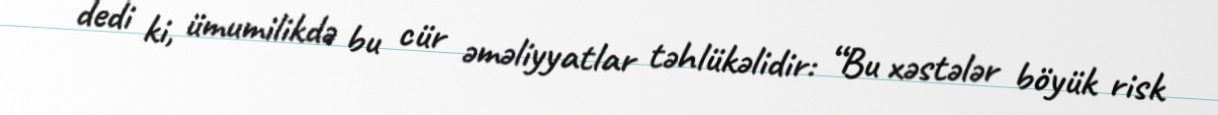
dedi ki, ümumilikdə bu cür əməliyyatlar təhlükəlidir: “Bu xəstələr böyük risk